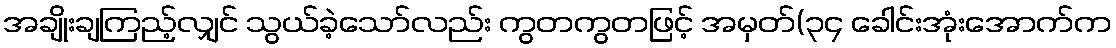
အချိုးချကြည့်လျှင် သွယ်ခဲ့သော်လည်း ကွတကွတဖြင့် အမှတ်(၃၄ ခေါင်းအုံးအောက်က